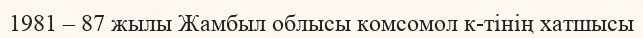
1981 – 87 жылы Жамбыл облысы комсомол к-тінің хатшысы